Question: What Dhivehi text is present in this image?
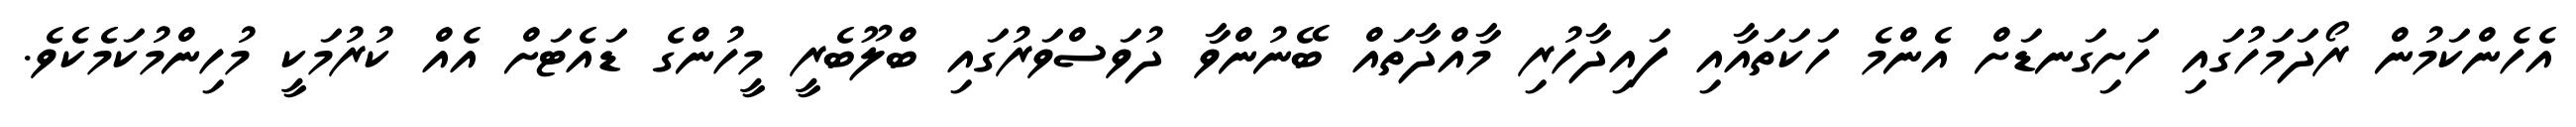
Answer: އެހެންކަމުން ރޯދަމަހުގައި ހަށިގަނޑަށް އެންމެ ހަކަތައާއި ފައިދާހުރި މާއްދާތައް ބޭނުންވާ ދުވަސްވަރުގައި ބްލޫބެރީ މީހުންގެ ޑައެޓަށް އެއް ކުރުމަކީ މުހިންމުކަމެކެވެ.